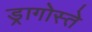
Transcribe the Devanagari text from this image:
ड्रागोस्ते